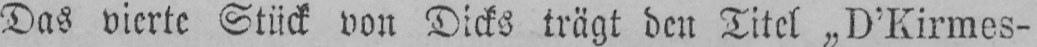
Das vierte Stück von Dicks trägt den Titel „D’Kirmes-